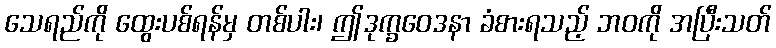
သေရည်ကို ထွေးပစ်ရန်မှ တစ်ပါး၊ ဤဒုက္ခဝေဒနာ ခံစားရသည့် ဘဝကို အပြီးသတ်